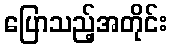
ပြောသည့်အတိုင်း